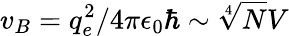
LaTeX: v_{B}=q_{e}^{2}/4\pi\epsilon_{0}\hbar\sim\sqrt[4]{N}V